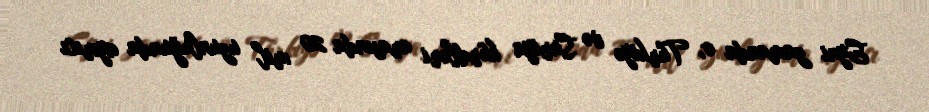
Eyni zamanda o, Türkiyə və Suriya kürdləri arasında 20 mil uzunluğunda ayırıcı